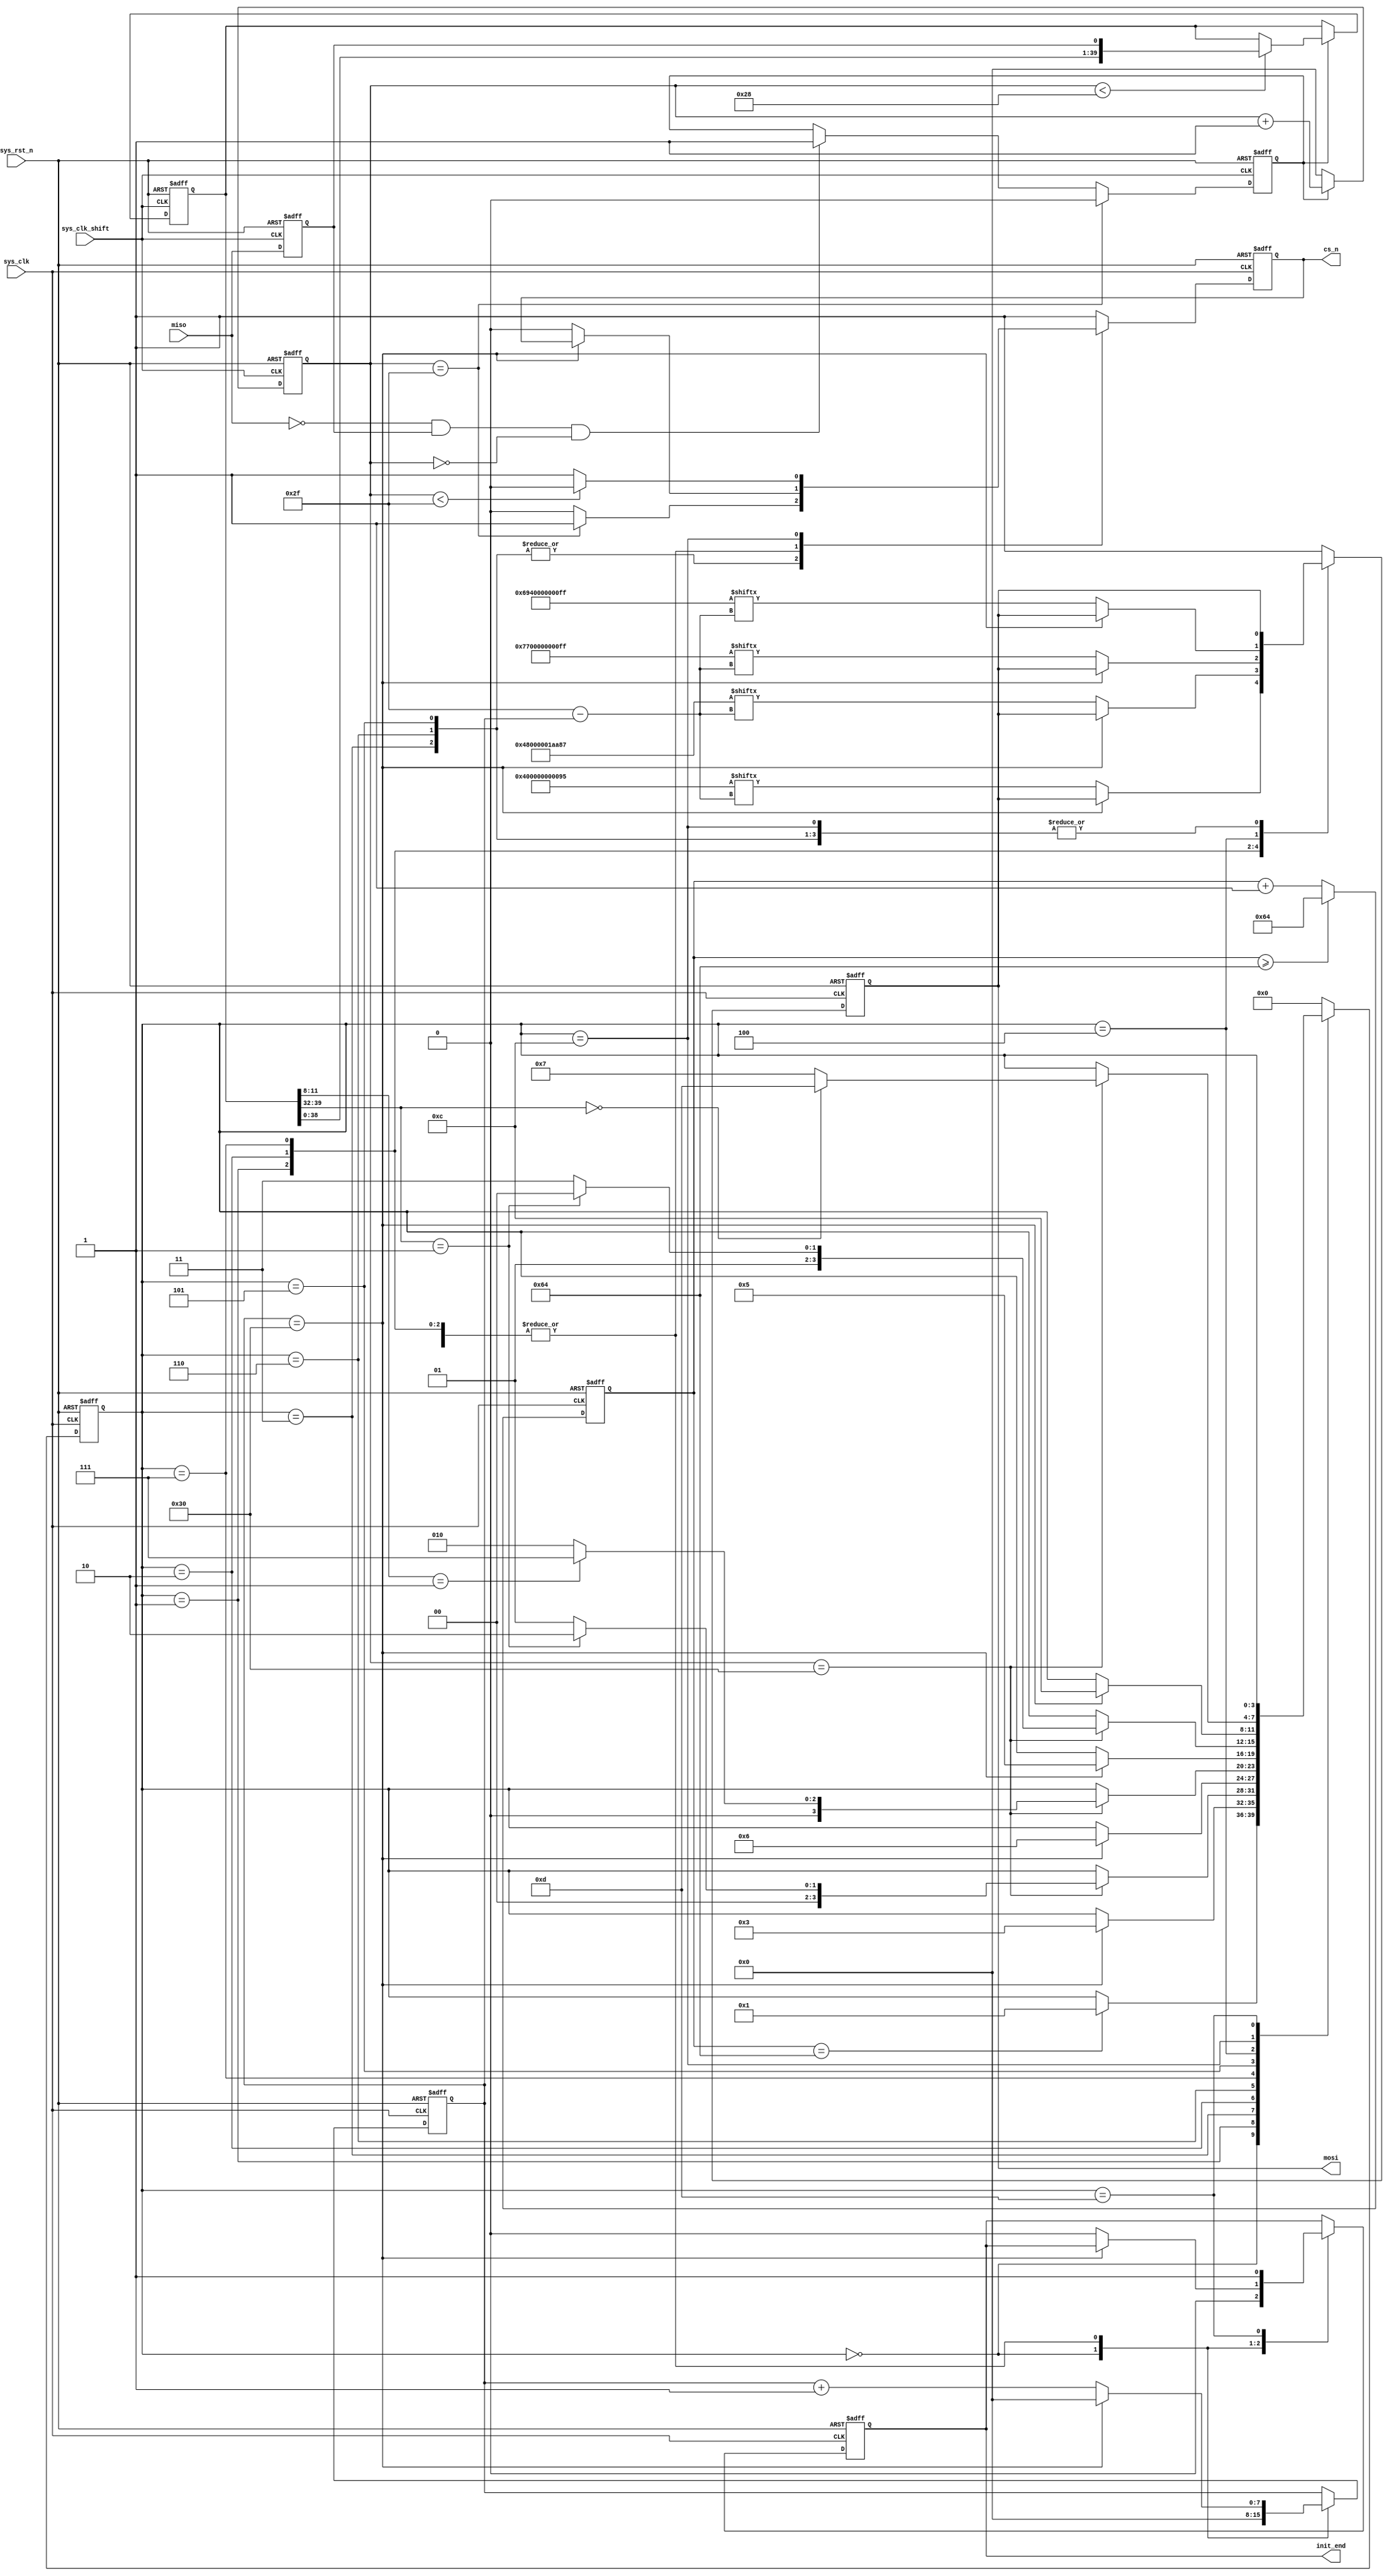
`timescale  1ns/1ns
////////////////////////////////////////////////////////////////////////
// Module Name   : sd_init
// Project Name  : sd_hdmi_pic
// Target Devices: Altera EP4CE10F17C8N
// Tool Versions : Quartus 13.0
// Description   : SD
//
// Revision      : V1.0
// Additional Comments:
// 
// : _Pro_FPGA
//     : http://www.embedfire.com
//     : http://www.firebbs.cn
//     : https://fire-stm32.taobao.com
////////////////////////////////////////////////////////////////////////

module  sd_init
(
    input   wire    sys_clk         ,   //,50MHz
    input   wire    sys_clk_shift   ,   //,50MHz,90
    input   wire    sys_rst_n       ,   //,
    input   wire    miso            ,   //

    output  reg     cs_n            ,   //
    output  reg     mosi            ,   //
    output  reg     init_end            //
);

//********************************************************************//
//****************** Parameter and Internal Signal *******************//
//********************************************************************//
//parameter define
parameter   CMD0    =   {8'h40,8'h00,8'h00,8'h00,8'h00,8'h95},  //
            CMD8    =   {8'h48,8'h00,8'h00,8'h01,8'haa,8'h87},  //
            CMD55   =   {8'h77,8'h00,8'h00,8'h00,8'h00,8'hff},  //
            ACMD41  =   {8'h69,8'h40,8'h00,8'h00,8'h00,8'hff};  //
parameter   CNT_WAIT_MAX    =   8'd100; //
parameter   IDLE        =   4'b0000,    //
            SEND_CMD0   =   4'b0001,    //CMD0
            CMD0_ACK    =   4'b0011,    //CMD0
            SEND_CMD8   =   4'b0010,    //CMD8
            CMD8_ACK    =   4'b0110,    //CMD8
            SEND_CMD55  =   4'b0111,    //CMD55
            CMD55_ACK   =   4'b0101,    //CMD55
            SEND_ACMD41 =   4'b0100,    //ACMD41
            ACMD41_ACK  =   4'b1100,    //ACMD41
            INIT_END    =   4'b1101;    //

//reg   define
reg     [7:0]   cnt_wait        ;   //
reg     [3:0]   state           ;   //
reg     [7:0]   cnt_cmd_bit     ;   //
reg             miso_dly        ;   //
reg             ack_en          ;   //
reg     [39:0]  ack_data        ;   //
reg     [7:0]   cnt_ack_bit     ;   //

//********************************************************************//
//***************************** Main Code ****************************//
//********************************************************************//
//cnt_wait:
always@(posedge sys_clk or negedge sys_rst_n)
    if(sys_rst_n == 1'b0)
        cnt_wait    <=  8'd0;
    else    if(cnt_wait >= CNT_WAIT_MAX)
        cnt_wait    <=  CNT_WAIT_MAX;
    else
        cnt_wait    <=  cnt_wait + 1'b1;

//state:
always@(posedge sys_clk or negedge sys_rst_n)
    if(sys_rst_n == 1'b0)
        state   <=  IDLE;
    else
        case(state)
            IDLE:
                if(cnt_wait == CNT_WAIT_MAX)
                    state   <=  SEND_CMD0;
                else
                    state   <=  state;
            SEND_CMD0:
                if(cnt_cmd_bit == 8'd48)
                    state   <=  CMD0_ACK;
                else
                    state   <=  state;
            CMD0_ACK:
                if(cnt_ack_bit == 8'd48)
                    if(ack_data[39:32] == 8'h01)
                        state   <=  SEND_CMD8;
                    else
                        state   <=  SEND_CMD0;
                else
                    state   <=  state;
            SEND_CMD8:
                if(cnt_cmd_bit == 8'd48)
                    state   <=  CMD8_ACK;
                else
                    state   <=  state;
            CMD8_ACK:
                if(cnt_ack_bit == 8'd48)
                    if(ack_data[11:8] == 4'b0001)
                        state   <=  SEND_CMD55;
                    else
                        state   <=  SEND_CMD8;
                else
                    state   <=  state;
            SEND_CMD55:
                if(cnt_cmd_bit == 8'd48)
                    state   <=  CMD55_ACK;
                else
                    state   <=  state;
            CMD55_ACK:
                if(cnt_ack_bit == 8'd48)
                    if(ack_data[39:32] == 8'h01)
                        state   <=  SEND_ACMD41;
                    else
                        state   <=  SEND_CMD55;
                else
                    state   <=  state;
            SEND_ACMD41:
                if(cnt_cmd_bit == 8'd48)
                    state   <=  ACMD41_ACK;
                else
                    state   <=  state;
            ACMD41_ACK:
                if(cnt_ack_bit == 8'd48)
                    if(ack_data[39:32] == 8'h00)
                        state   <=  INIT_END;
                    else
                        state   <=  SEND_CMD55;
                else
                    state   <=  state;
            INIT_END:
                state   <=  state;
            default:
                state   <=  IDLE;
        endcase

//cs_n,mosi,init_end,cnt_cmd_bit
//,,,
always@(posedge sys_clk or negedge sys_rst_n)
    if(sys_rst_n == 1'b0)
        begin
            cs_n            <=  1'b1;
            mosi            <=  1'b1;
            init_end        <=  1'b0;
            cnt_cmd_bit     <=  8'd0;
        end
    else
        case(state)
            IDLE:
                begin
                    cs_n            <=  1'b1;
                    mosi            <=  1'b1;
                    init_end        <=  1'b0;
                    cnt_cmd_bit     <=  8'd0;
                end
            SEND_CMD0:
                if(cnt_cmd_bit == 8'd48)
                    cnt_cmd_bit     <=  8'd0;
                else
                    begin
                        cs_n            <=  1'b0;
                        mosi            <=  CMD0[8'd47 - cnt_cmd_bit];
                        init_end        <=  1'b0;
                        cnt_cmd_bit     <=  cnt_cmd_bit + 8'd1;
                    end
            CMD0_ACK:
                if(cnt_ack_bit == 8'd47)
                    cs_n    <=  1'b1;
                else
                    cs_n    <=  1'b0;
            SEND_CMD8:
                if(cnt_cmd_bit == 8'd48)
                    cnt_cmd_bit     <=  8'd0;
                else
                    begin
                        cs_n            <=  1'b0;
                        mosi            <=  CMD8[8'd47 - cnt_cmd_bit];
                        init_end        <=  1'b0;
                        cnt_cmd_bit     <=  cnt_cmd_bit + 8'd1;
                    end
            CMD8_ACK:
                if(cnt_ack_bit == 8'd47)
                    cs_n    <=  1'b1;
                else
                    cs_n    <=  1'b0;
            SEND_CMD55:
                if(cnt_cmd_bit == 8'd48)
                    cnt_cmd_bit     <=  8'd0;
                else
                    begin
                        cs_n            <=  1'b0;
                        mosi            <=  CMD55[8'd47 - cnt_cmd_bit];
                        init_end        <=  1'b0;
                        cnt_cmd_bit     <=  cnt_cmd_bit + 8'd1;
                    end
            CMD55_ACK:
                if(cnt_ack_bit == 8'd47)
                    cs_n    <=  1'b1;
                else
                    cs_n    <=  1'b0;
            SEND_ACMD41:
                if(cnt_cmd_bit == 8'd48)
                    cnt_cmd_bit     <=  8'd0;
                else
                    begin
                        cs_n            <=  1'b0;
                        mosi            <=  ACMD41[8'd47 - cnt_cmd_bit];
                        init_end        <=  1'b0;
                        cnt_cmd_bit     <=  cnt_cmd_bit + 8'd1;
                    end
            ACMD41_ACK:
                if(cnt_ack_bit < 8'd47)
                    cs_n    <=  1'b0;
                else
                    cs_n    <=  1'b1;
            INIT_END:
                begin
                    cs_n        <=  1'b1;
                    mosi        <=  1'b1;
                    init_end    <=  1'b1;
                end
            default:
                begin
                    cs_n    <=  1'b1;
                    mosi    <=  1'b1;
                end
        endcase

//miso_dly:
always@(posedge sys_clk_shift or negedge sys_rst_n)
    if(sys_rst_n == 1'b0)
        miso_dly    <=  1'b0;
    else
        miso_dly    <=  miso;

//ack_en:
always@(posedge sys_clk_shift or negedge sys_rst_n)
    if(sys_rst_n == 1'b0)
        ack_en  <=  1'b0;
    else    if(cnt_ack_bit == 8'd47)
        ack_en  <=  1'b0;
    else    if((miso == 1'b0) && (miso_dly == 1'b1) && (cnt_ack_bit == 8'd0))
        ack_en  <=  1'b1;
    else
        ack_en  <=  ack_en;

//ack_data:
//cnt_ack_bit:
always@(posedge sys_clk_shift or negedge sys_rst_n)
    if(sys_rst_n == 1'b0)
        begin
            ack_data    <=  8'b0;
            cnt_ack_bit <=  8'd0;
        end
    else    if(ack_en == 1'b1)
        begin
            cnt_ack_bit     <=  cnt_ack_bit + 8'd1;
            if(cnt_ack_bit < 8'd40)
                ack_data    <=  {ack_data[38:0],miso_dly};
            else
                ack_data    <=  ack_data;
        end
    else
        cnt_ack_bit <=  8'd0;

endmodule